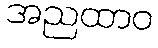
အညထာဝ